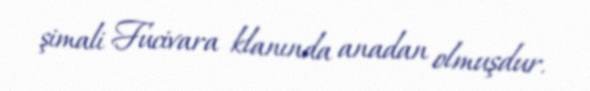
şimali Fucivara klanında anadan olmuşdur.